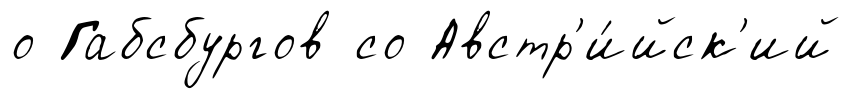
о Габсбургов со Австр'и́йск'ий